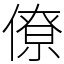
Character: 僚